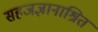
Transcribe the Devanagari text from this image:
सहजज्ञानाश्रित